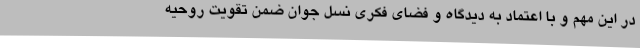
در این مهم و با اعتماد به دیدگاه و فضای فکری نسل جوان ضمن تقویت روحیه